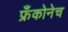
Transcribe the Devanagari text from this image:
फ्रँकोनेच